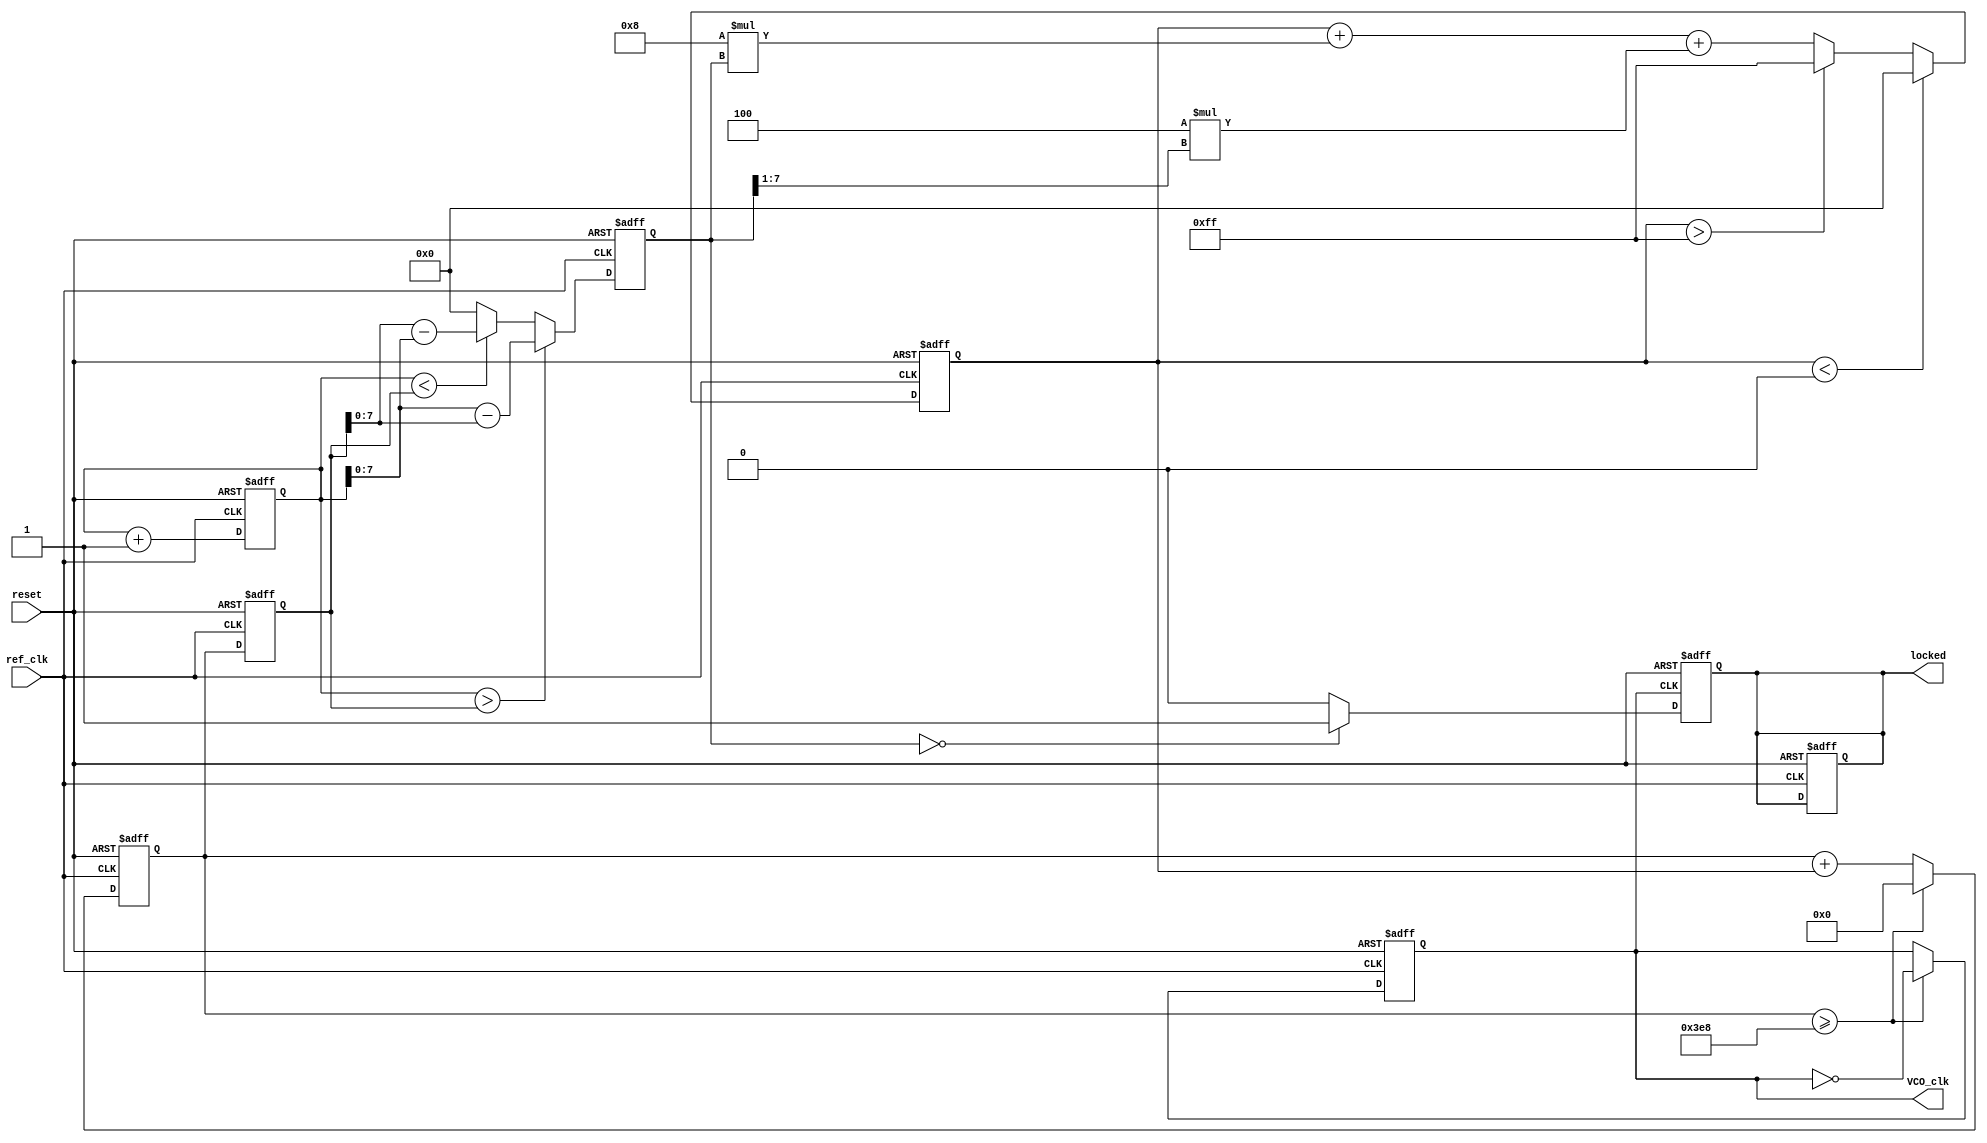
module DPLL (
    input wire ref_clk,        // Reference clock
    input wire reset,         // Asynchronous reset
    output reg VCO_clk,       // Output clock from VCO
    output reg locked         // Lock indicator
);

// Parameters for Loop Filter
parameter Kp = 8;            // Proportional gain
parameter Ki = 4;            // Integral gain
parameter MAX_VCTRL = 255;   // Max control voltage value
parameter MIN_VCTRL = 0;     // Min control voltage value

// Internal signals
reg [7:0] Vctrl;            // Control voltage for VCO
reg [7:0] error_signal;     // Error signal from Phase Detector
reg [31:0] phase_count_ref; // Counter for reference clock
reg [31:0] phase_count_fb;  // Counter for feedback clock
reg [31:0] VCO_counter;     // Counter for VCO clock generation

// Phase Detector
always @(posedge ref_clk or posedge reset) begin
    if (reset) begin
        phase_count_ref <= 0;
        phase_count_fb <= 0;
    end else begin
        phase_count_ref <= phase_count_ref + 1;
        // Simulating feedback clock phase count
        phase_count_fb <= VCO_counter; // Assume fb_clk is derived from VCO_clk
    end
end

// Error Calculation
always @(posedge ref_clk or posedge reset) begin
    if (reset) begin
        error_signal <= 0;
    end else begin
        if (phase_count_ref > phase_count_fb) begin
            error_signal <= phase_count_ref - phase_count_fb; // Positive error
        end else if (phase_count_ref < phase_count_fb) begin
            error_signal <= phase_count_fb - phase_count_ref; // Negative error
        end else begin
            error_signal <= 0; // No error
        end
    end
end

// Loop Filter (PI Controller)
always @(posedge ref_clk or posedge reset) begin
    if (reset) begin
        Vctrl <= 0;
    end else begin
        Vctrl <= Vctrl + (Kp * error_signal) + (Ki * (error_signal >> 1)); // Simple PI
        // Clamping control voltage
        if (Vctrl > MAX_VCTRL) Vctrl <= MAX_VCTRL;
        if (Vctrl < MIN_VCTRL) Vctrl <= MIN_VCTRL;
    end
end

// Voltage-Controlled Oscillator (VCO)
always @(posedge ref_clk or posedge reset) begin
    if (reset) begin
        VCO_counter <= 0;
        VCO_clk <= 0;
        locked <= 0;
    end else begin
        // VCO frequency control based on Vctrl
        VCO_counter <= VCO_counter + Vctrl; // Control VCO frequency
        if (VCO_counter >= 1000) begin // Adjust this threshold for frequency
            VCO_clk <= ~VCO_clk; // Toggle VCO output
            VCO_counter <= 0; // Reset counter
        end
    end
end

// Feedback Path (Frequency Divider)
always @(posedge VCO_clk or posedge reset) begin
    if (reset) begin
        locked <= 0;
    end else begin
        // Lock detection logic
        if (error_signal == 0) begin
            locked <= 1; // Locked when error is zero
        end else begin
            locked <= 0; // Not locked
        end
    end
end

endmodule